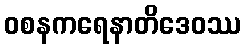
ဝစနကရေနာတိဒေဝဿ